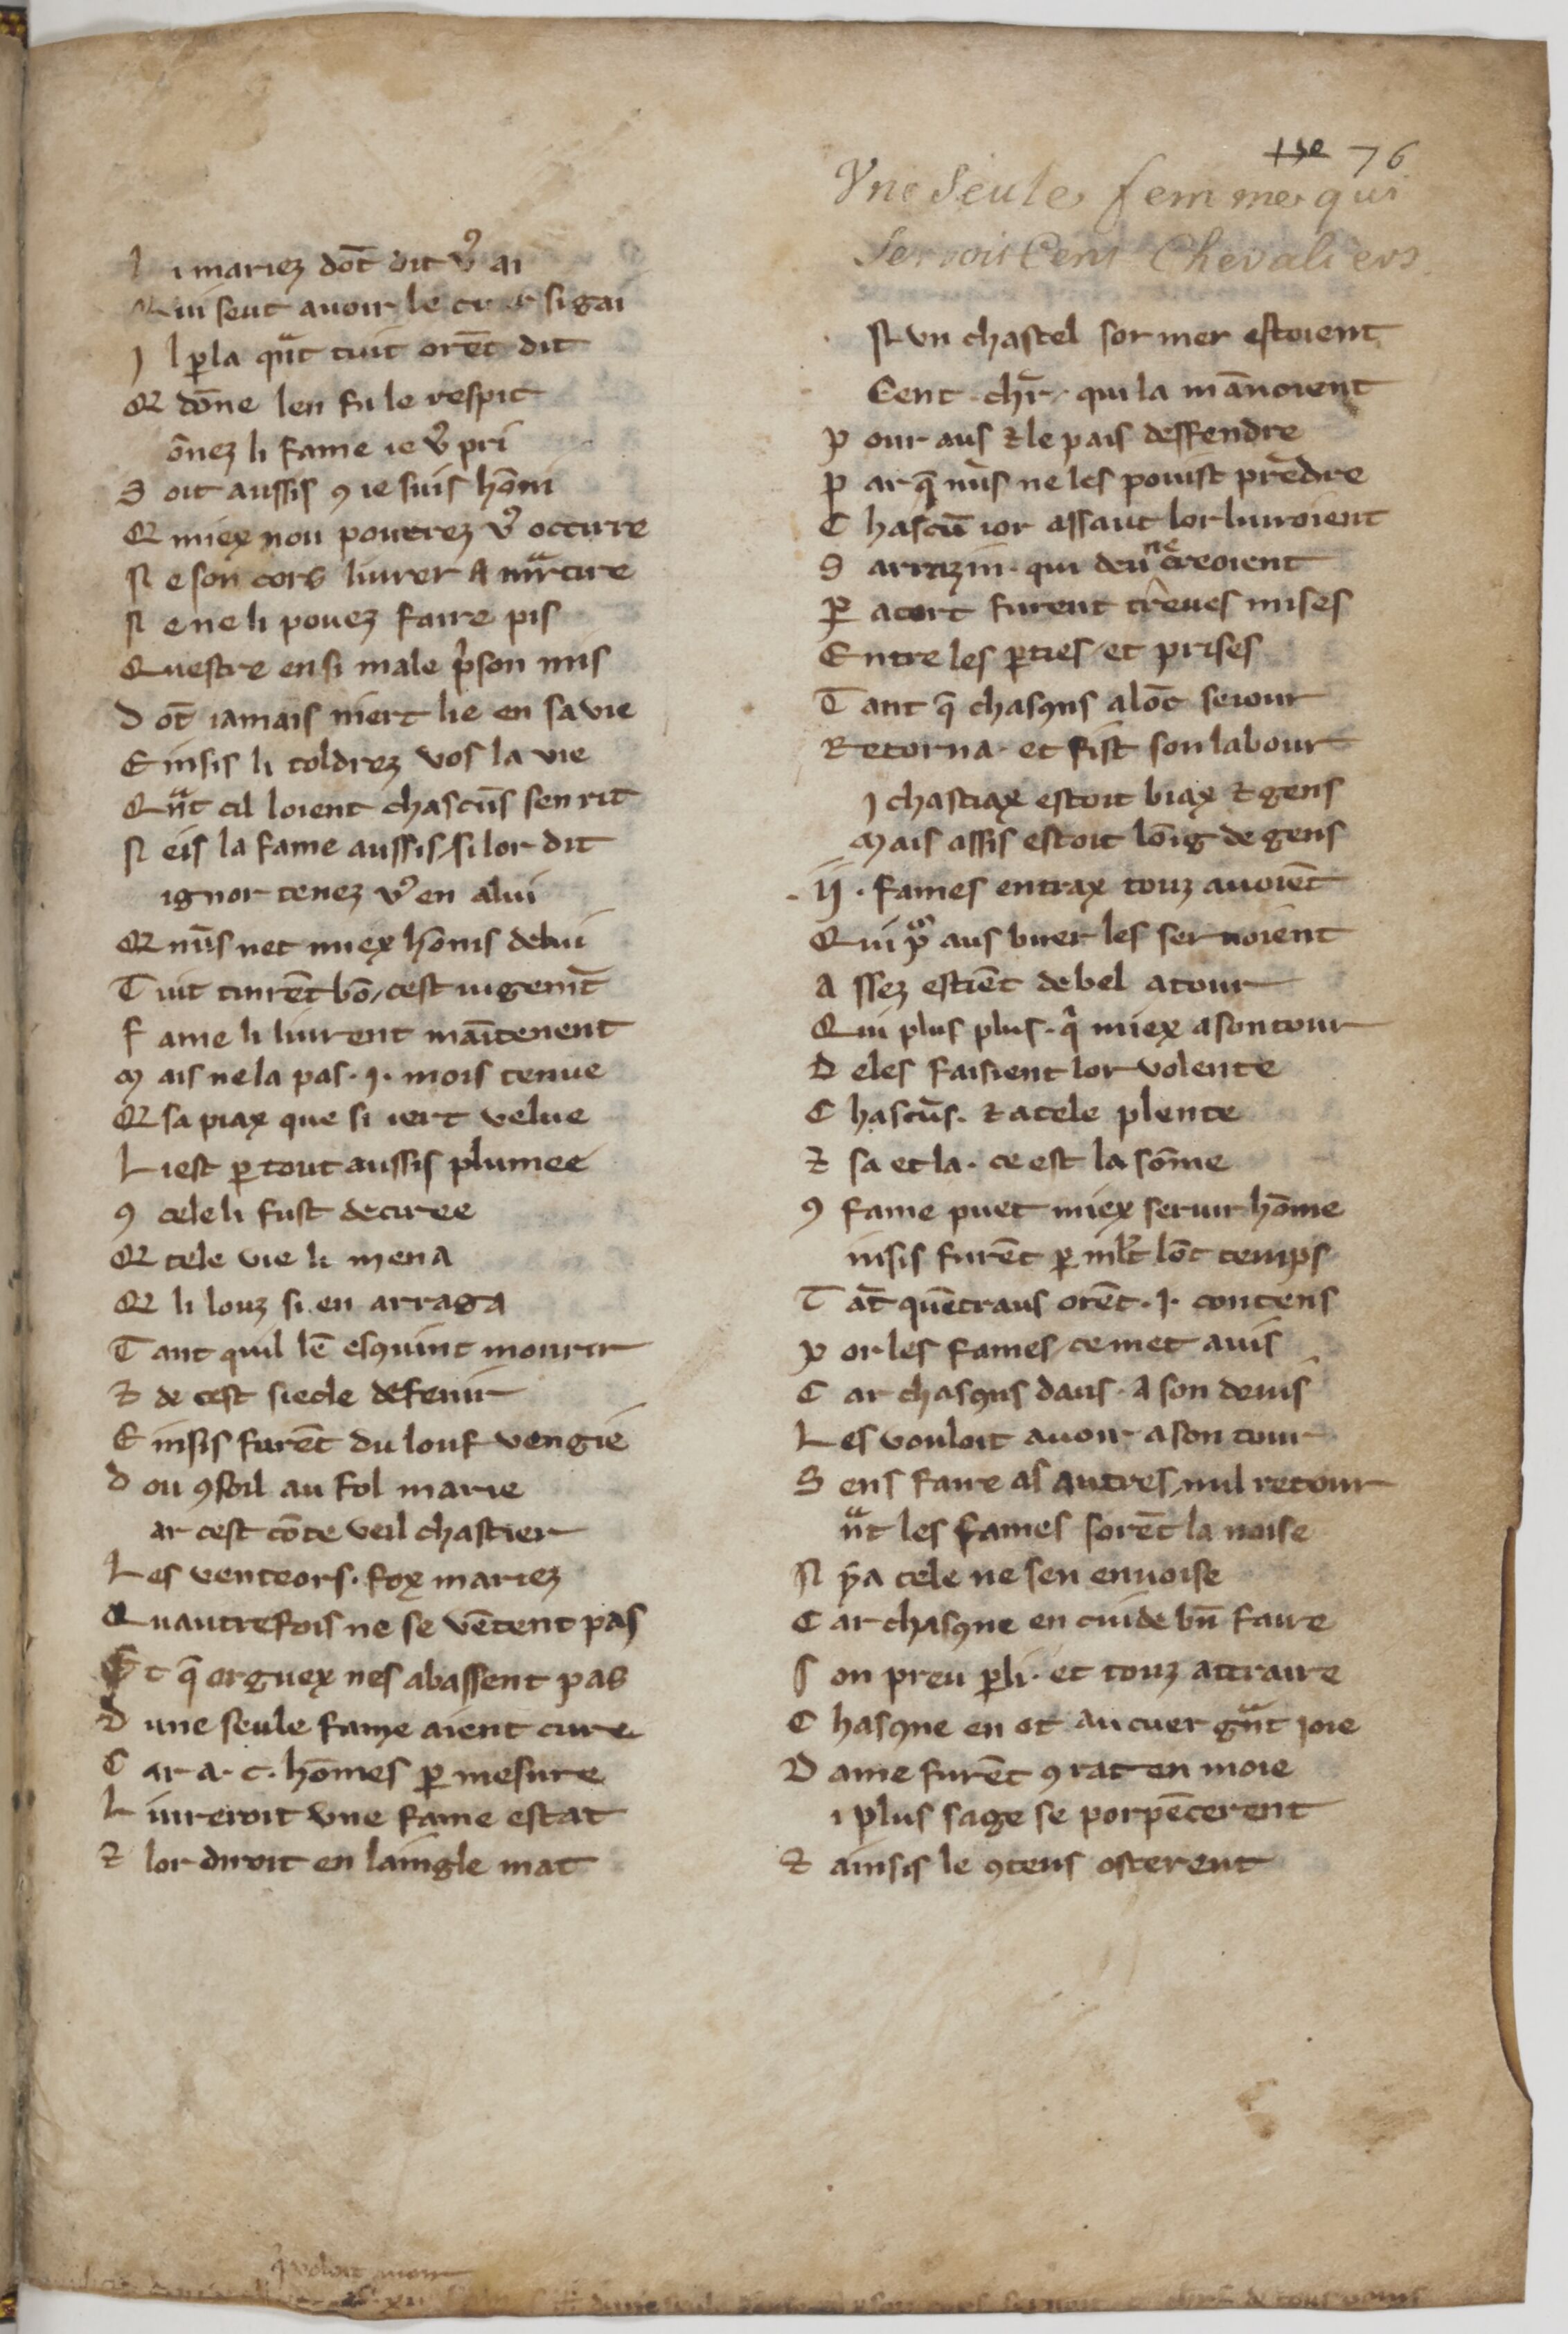
Shelfmark: Paris, BnF, fr. 25545
Century: 14